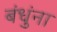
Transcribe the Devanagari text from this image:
बंधुंना